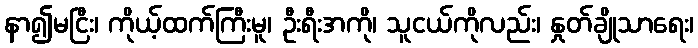
နာ၍မငြီး၊ ကိုယ့်ထက်ကြီးမူ၊ ဦးရီးအကို၊ သူငယ်ကိုလည်း၊ နှုတ်ချိုသာရေး၊